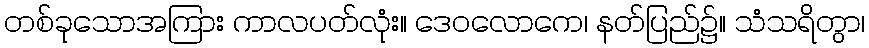
တစ်ခုသောအကြား ကာလပတ်လုံး။ ဒေဝလောကေ၊ နတ်ပြည်၌။ သံသရိတွာ၊